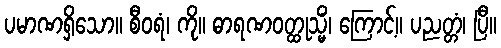
ပမာဏရှိသော။ စီဝရံ၊ ကို။ ဓာရဏဝတ္ထုသ္မိံ၊ ကြောင့်။ ပညတ္တံ၊ ပြီ။